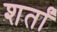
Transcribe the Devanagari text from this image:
शर्तां